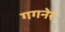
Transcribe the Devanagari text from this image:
गगनेर